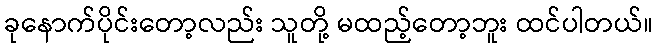
ခုနောက်ပိုင်းတော့လည်း သူတို့ မထည့်တော့ဘူး ထင်ပါတယ်။